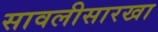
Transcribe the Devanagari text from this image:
सावलीसारखा